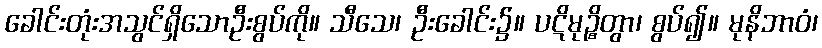
ခေါင်းတုံးအသွင်ရှိသောဦးစွပ်ကို။ သီသေ၊ ဦးခေါင်း၌။ ပဋိမုဉ္စိတွာ၊ စွပ်၍။ မုနိဘာဝံ၊